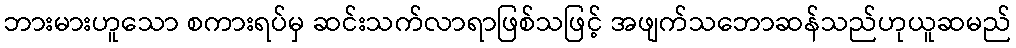
ဘားမားဟူသော စကားရပ်မှ ဆင်းသက်လာရာဖြစ်သဖြင့် အဖျက်သဘောဆန်သည်ဟုယူဆမည်